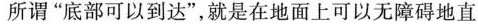
所谓”底部可以到达”，就是在地面上可以无障碍地直